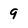
Character: 9